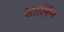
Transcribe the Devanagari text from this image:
डार्लिन